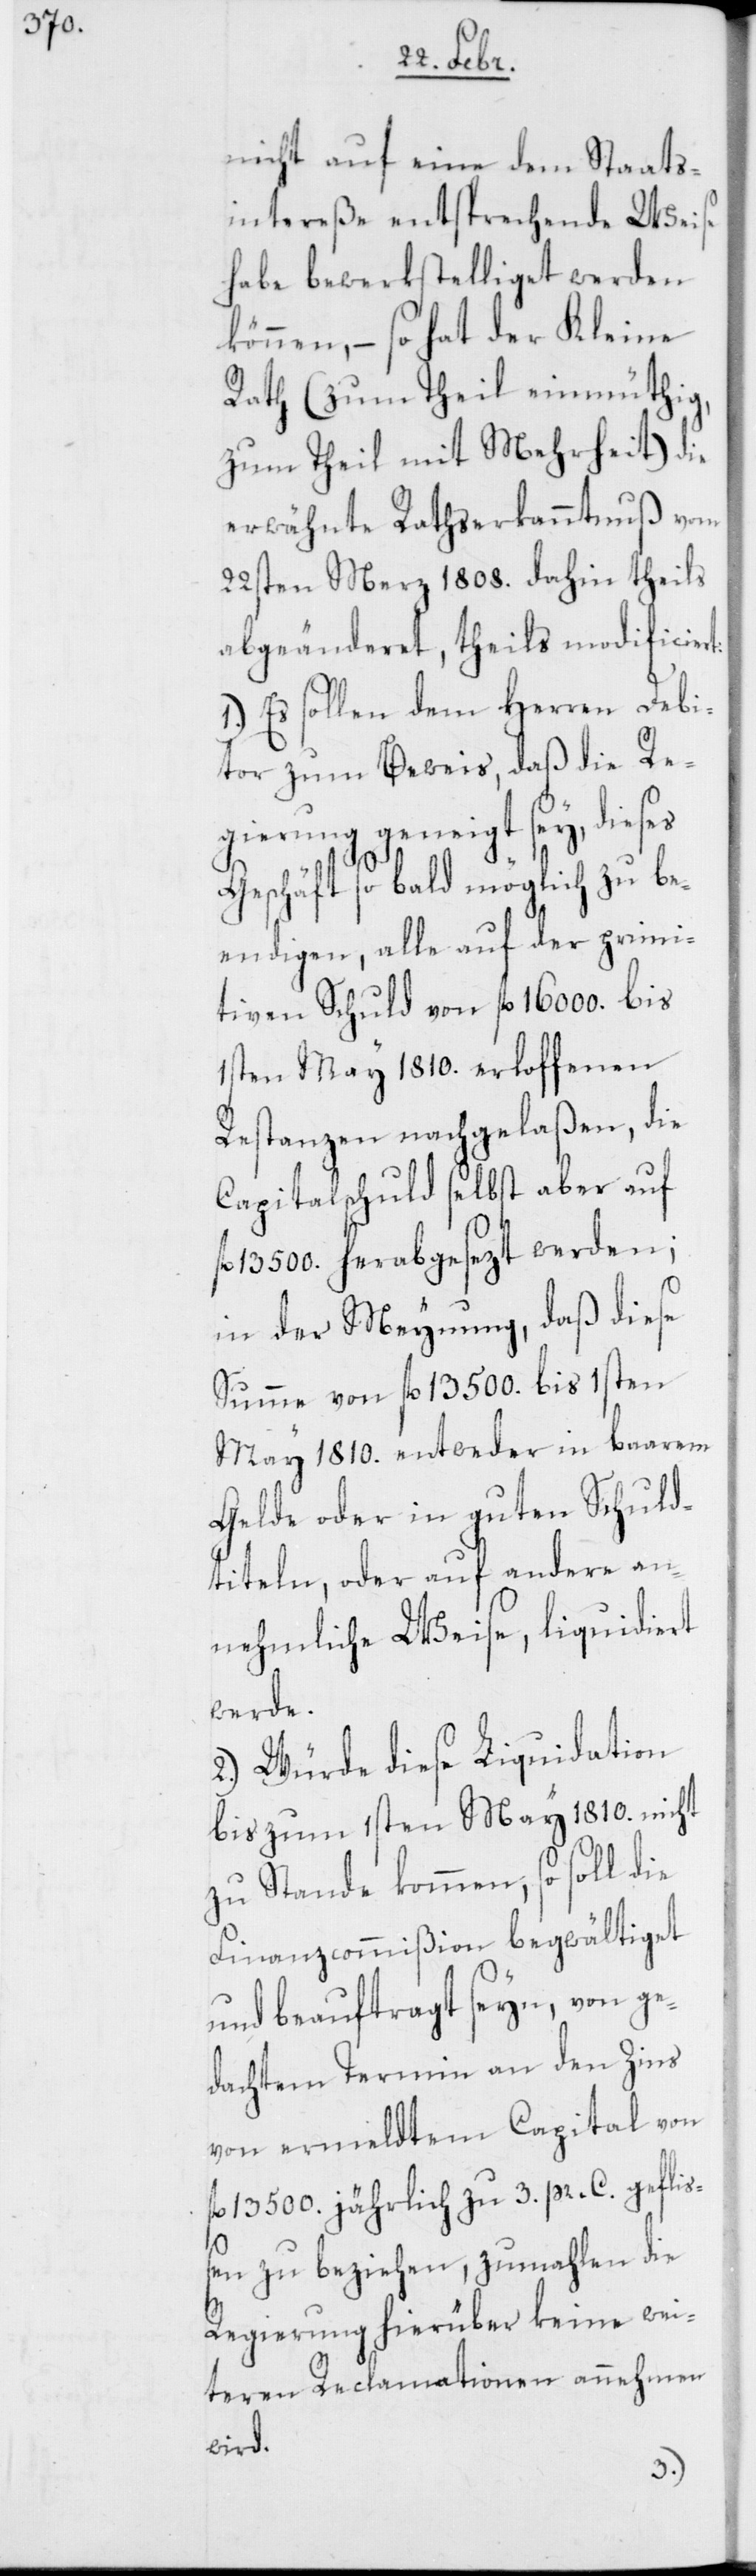
nicht auf eine dem Staats¬
intereße entsprechende Weise
habe bewerkstelliget werden
können, – so hat der Kleine
Rath (zum Theil einmüthig,
zum Theil mit Mehrheit) die
erwähnte Rathserkanntnuß vom
22sten Merz 1808. dahin theils
abgeänderet, theils modificiert:
1.) Es sollen dem Herren Debi¬
tor zum Beweis, daß die Re¬
gierung geneigt sey, dieses
Geschäft so bald möglich zu be¬
endigen, alle auf der primi¬
tiven Schuld von fl. 16 000. bis
1sten May 1810. erloffenen
Restanzen nachgelaßen, die
Capitalschuld selbst aber auf
13 500. herabgesezt werden;
in der Meynung, daß diese
Summe von fl. 13 500. bis 1sten
May 1810. entweder in baarem
Gelde oder in guten Schuld¬
titeln, oder auf andere an¬
nehmliche Weise, liquidiert
werde.
2.) Würde diese Liquidation
bis zum 1sten May 1810. nicht
zu Stande kommen, so soll die
Finanzcommißion begwältiget
und beauftragt seyn, von ge¬
dachtem Termin an den Zins
von ermeldtem Capital von
fl. 13 500. jährlich zu 3. pr. C. gefliß¬
en zu beziehen, zumahlen die
Regierung hierüber keine wei¬
teren Reclamationen annehmen
wird.